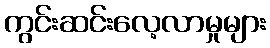
ကွင်းဆင်းလေ့လာမှုများ